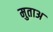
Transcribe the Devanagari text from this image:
मुताअ